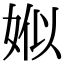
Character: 娰